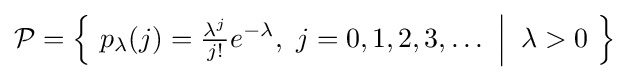
{\mathcal {P}}={\Big \{}\ p_{\lambda }(j)={\tfrac {\lambda ^{j}}{j!}}e^{-\lambda },\ j=0,1,2,3,\dots \ {\Big |}\;\;\lambda >0\ {\Big \}}